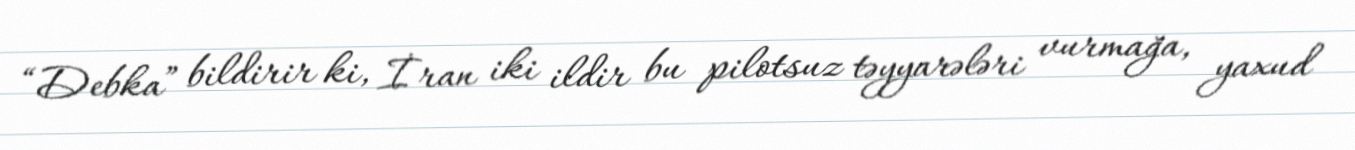
“Debka” bildirir ki, İran iki ildir bu pilotsuz təyyarələri vurmağa, yaxud